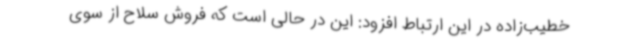
خطیب‌زاده در این ارتباط افزود: این در حالی است که فروش سلاح از سوی